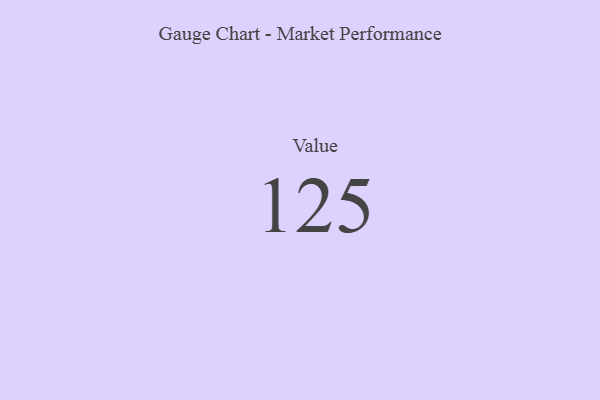
{"axis": {"x": "Metric", "y": "Value"}, "legend": [""], "data": [{"x": "Value", "y": 125, "type": ""}]}